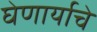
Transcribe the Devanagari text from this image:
घेणार्याचे